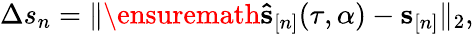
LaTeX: \begin{array}{r}{\Delta s_{n}=\| \ensuremath{\mathbf{\hat{s}}}_{[n]}(\tau,\alpha)-\mathbf s_{[n]}\| _{2},}\end{array}